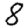
Digit: 8